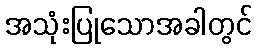
အသုံးပြုသောအခါတွင်